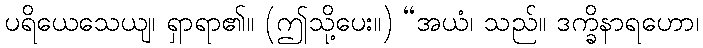
ပရိယေသေယျ၊ ရှာရာ၏။ (ဤသို့ပေး။) “အယံ၊ သည်။ ဒက္ခိနာရဟော၊